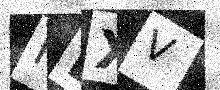
Text: NEXV